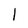
Character: l